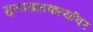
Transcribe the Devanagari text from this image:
मुलाखतकर्त्यावर